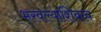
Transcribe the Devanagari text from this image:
भरवल्याशिवाय